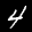
Digit: 4